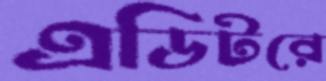
এডিটরে